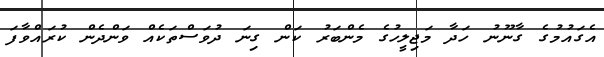
އެގައުމުގެ ގާނޫނު ހަދާ މަޖިލީހުގެ މެންބަރު ކަން ގިނަ ދުވަސްތަކެއް ވަންދެން ކުރައްވާފަ